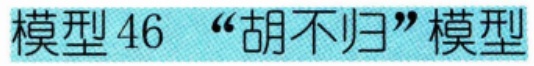
模型 46 “胡不归”模型